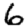
Digit: 6